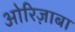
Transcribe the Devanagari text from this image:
ओरिज़ाबा